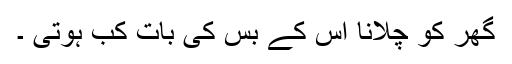
گھر کو چلانا اس کے بس کی بات کب ہوتی ۔